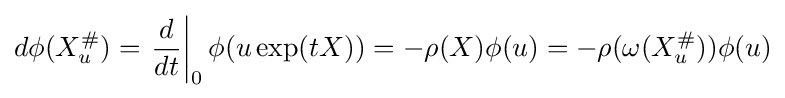
d\phi (X_{u}^{\#})=\left.{d \over dt}\right\vert _{0}\phi (u\operatorname {exp} (tX))=-\rho (X)\phi (u)=-\rho (\omega (X_{u}^{\#}))\phi (u)